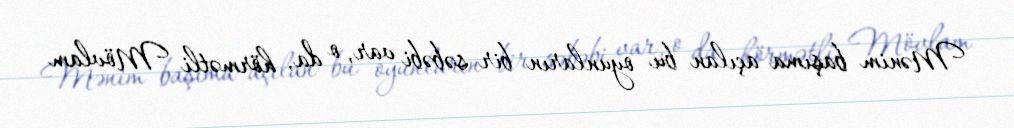
Mənim başıma açılan bu oyunların bir səbəbi var, o da, hörmətli Mövlam